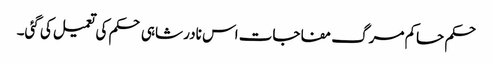
حکم حاکم مرگ مفاجات اس نادر شاہی حکم کی تعمیل کی گئی۔